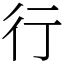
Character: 行